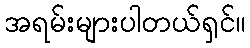
အရမ်းများပါတယ်ရှင်။